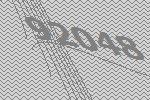
92048